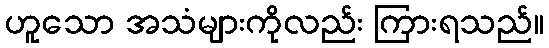
ဟူသော အသံများကိုလည်း ကြားရသည်။